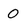
Character: O